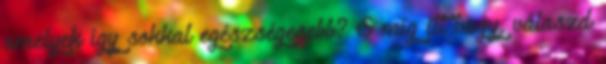
amelyek így sokkal egészségesebb? S míg itt vagy, válaszd